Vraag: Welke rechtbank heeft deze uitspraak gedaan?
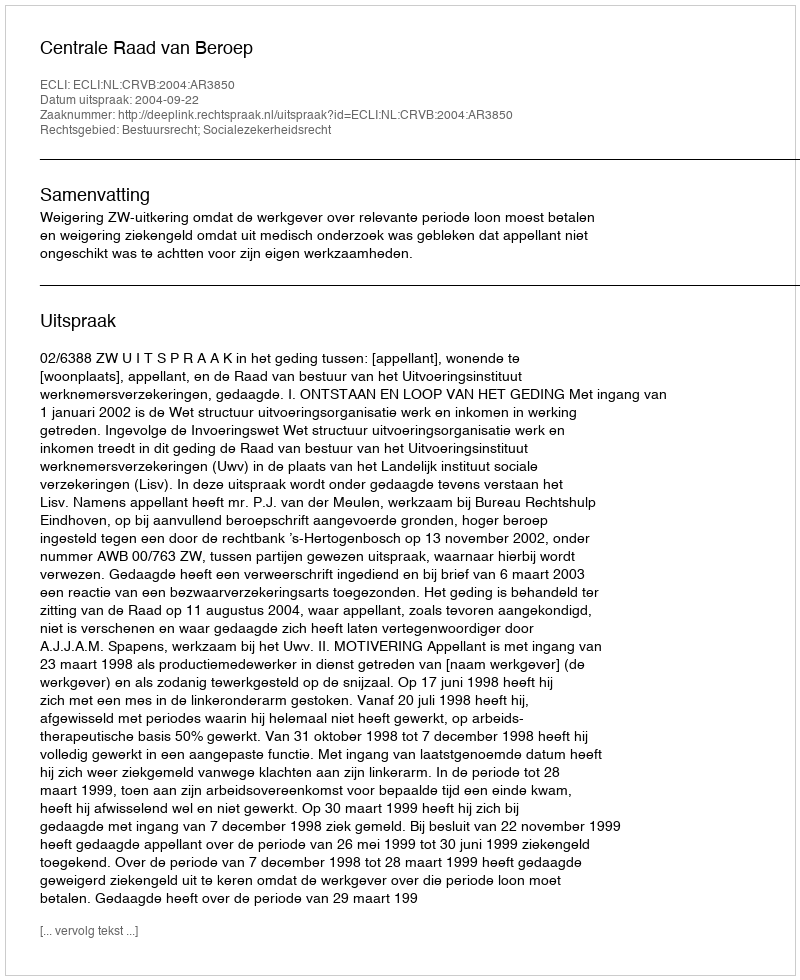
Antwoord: Centrale Raad van Beroep